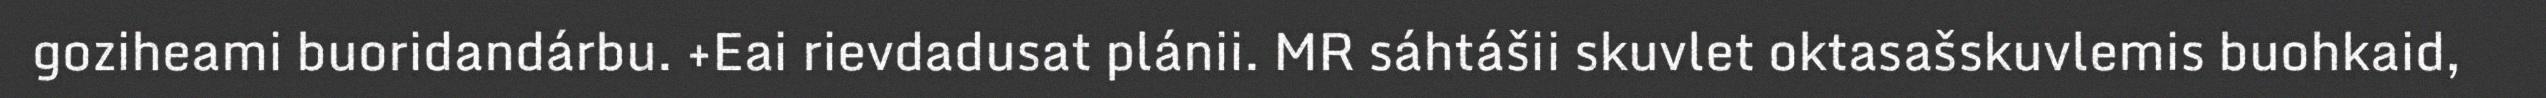
goziheami buoridandárbu. +Eai rievdadusat plánii. MR sáhtášii skuvlet oktasašskuvlemis buohkaid,